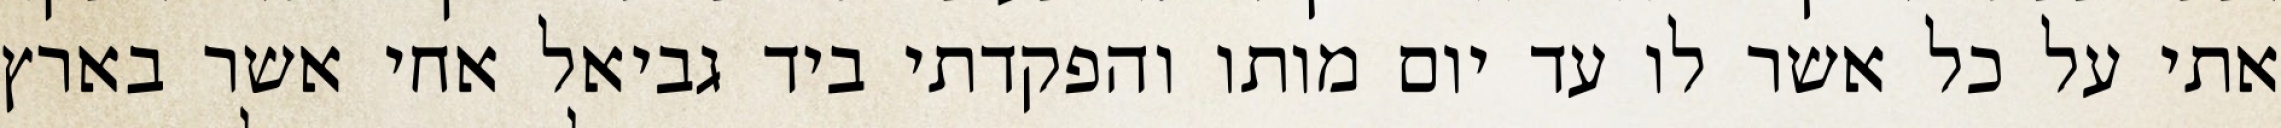
אתי על כל אשר לו עד יום מותו והפקדתי ביד גביאל אחי אשר בארץ